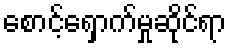
စောင့်ရှောက်မှုဆိုင်ရာ